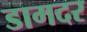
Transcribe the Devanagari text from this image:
डागदर